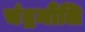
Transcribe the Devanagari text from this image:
चंद्रमौलि